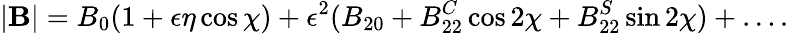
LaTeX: |\mathbf{B}|=B_{0}(1+\epsilon\eta\cos\chi)+\epsilon^{2}(B_{20}+B_{22}^{C}\cos 2\chi+B_{22}^{S}\sin 2\chi)+\dots.